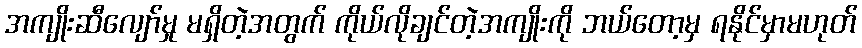
အကျိုးဆီလျော်မှု မရှိတဲ့အတွက် ကိုယ်လိုချင်တဲ့အကျိုးကို ဘယ်တော့မှ ရနိုင်မှာမဟုတ်